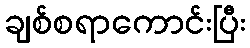
ချစ်စရာကောင်းပြီး